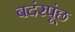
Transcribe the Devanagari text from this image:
बदंरपूंछ